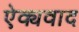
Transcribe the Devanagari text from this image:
ऐक्यवाद